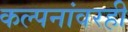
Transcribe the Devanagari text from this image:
कल्पनांवरही